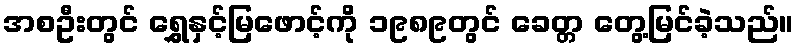
အစဦးတွင် ရွှေနှင့်မြဖောင့်ကို ၁၉၈၉တွင် ခေတ္တ တွေ့မြင်ခဲ့သည်။